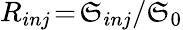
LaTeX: R_{inj}\! =\! \mathfrak{S}_{inj}/\mathfrak{S}_{0}